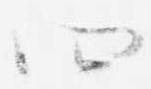
四